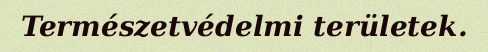
Természetvédelmi területek.